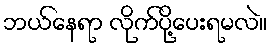
ဘယ်နေရာ လိုက်ပို့ပေးရမလဲ။